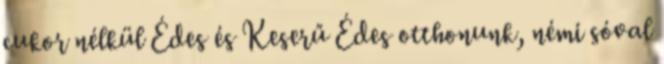
cukor nélkül Édes és Keserű Édes otthonunk, némi sóval